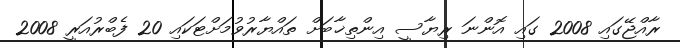
ރާއްޖޭގައި 2008 ގައި އޮންނަ ރިޔާސީ އިންތިޚާބަށް ތައްޔާރުވުމަށްޓަކައި 20 ފެބްރުއަރީ 2008